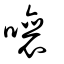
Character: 嚷